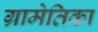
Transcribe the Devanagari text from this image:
ग्रामेतिका